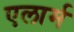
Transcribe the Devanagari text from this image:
एलार्म